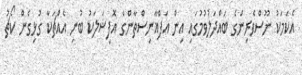
އެކަމަކު ނޫސްވެރިންގެ ބައްދަލުވުމުގައި އިން އަފްޣާނިސްތާންގެ އޮފިޝަލަކު ބުނި އެއްޗަކާ ގުޅިގެން ކޯޗު